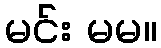
မင်း မမ။